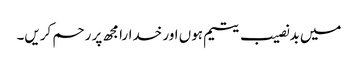
میں بدنصیب یتیم ہوں اور خدارا مجھ پر رحم کریں۔